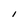
Character: I